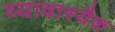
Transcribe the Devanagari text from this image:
व्यावास्यैक